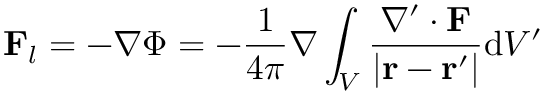
\mathbf { F } _ { l } = - \nabla \Phi = - { \frac { 1 } { 4 \pi } } \nabla \int _ { V } { \frac { \nabla ^ { \prime } \cdot \mathbf { F } } { \left| \mathbf { r } - \mathbf { r } ^ { \prime } \right| } } \mathrm { d } V ^ { \prime }